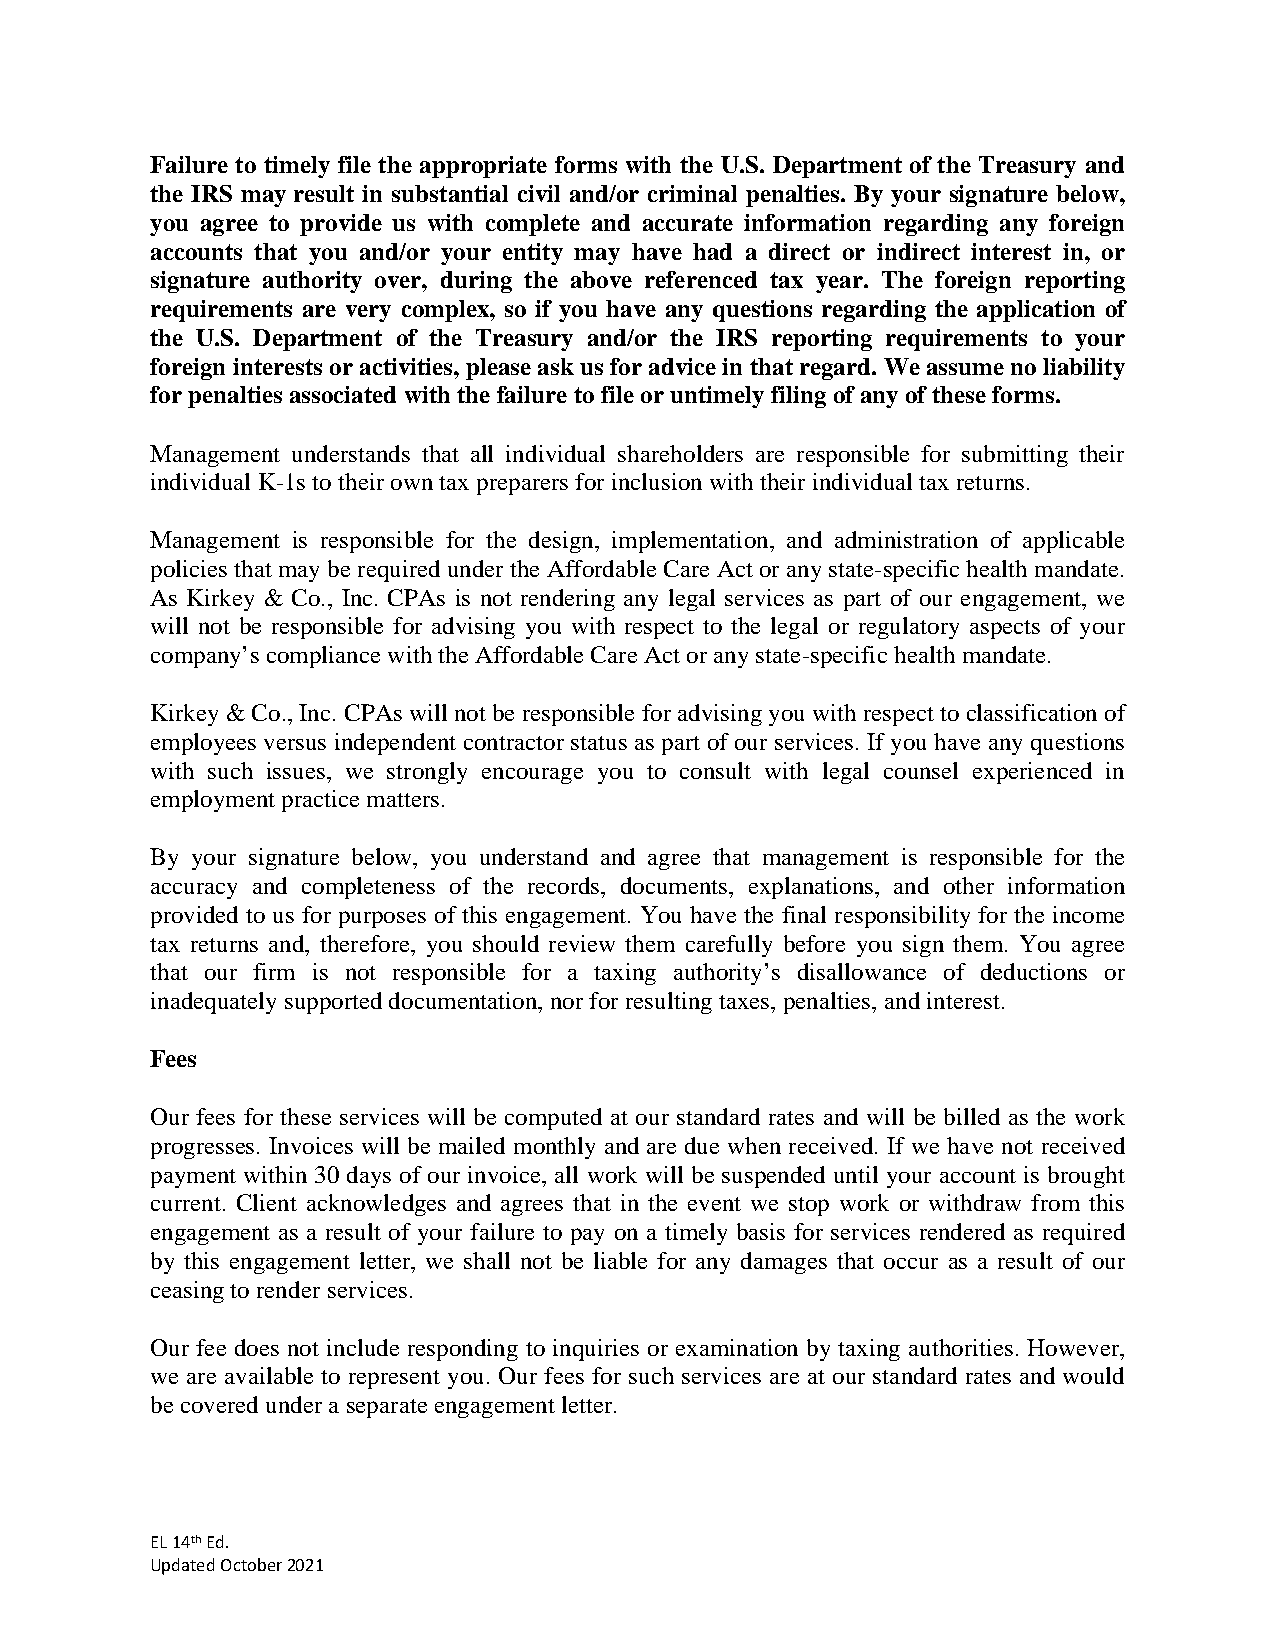
Failure to timely file the appropriate forms with the U.S. Department of the Treasury and
 the IRS may result in substantial civil and/or criminal penalties. By your signature below,
 you agree to provide us with complete and accurate information regarding any foreign
 accounts that you and/or your entity may have had a direct or indirect interest in, or
 signature authority over, during the above referenced tax year. The foreign reporting
 requirements are very complex, so if you have any questions regarding the application of
 the U.S. Department of the Treasury and/or the IRS reporting requirements to your
 foreign interests or activities, please ask us for advice in that regard. We assume no liability
 for penalties associated with the failure to file or untimely filing of any of these forms.
 Management understands that all individual shareholders are responsible for submitting their
 individual K-1s to their own tax preparers for inclusion with their individual tax returns.
 Management is responsible for the design, implementation, and administration of applicable
 policies that may be required under the Affordable Care Act or any state-specific health mandate.
 As Kirkey & Co., Inc. CPAs is not rendering any legal services as part of our engagement, we
 will not be responsible for advising you with respect to the legal or regulatory aspects of your
 company’s compliance with the Affordable Care Act or any state-specific health mandate.
 Kirkey & Co., Inc. CPAs will not be responsible for advising you with respect to classification of
 employees versus independent contractor status as part of our services. If you have any questions
 with such issues, we strongly encourage you to consult with legal counsel experienced in
 employment practice matters.
 By your signature below, you understand and agree that management is responsible for the
 accuracy and completeness of the records, documents, explanations, and other information
 provided to us for purposes of this engagement. You have the final responsibility for the income
 tax returns and, therefore, you should review them carefully before you sign them. You agree
 that our firm is not responsible for a taxing authority’s disallowance of deductions or
 inadequately supported documentation, nor for resulting taxes, penalties, and interest.
 Fees
 Our fees for these services will be computed at our standard rates and will be billed as the work
 progresses. Invoices will be mailed monthly and are due when received. If we have not received
 payment within 30 days of our invoice, all work will be suspended until your account is brought
 current. Client acknowledges and agrees that in the event we stop work or withdraw from this
 engagement as a result of your failure to pay on a timely basis for services rendered as required
 by this engagement letter, we shall not be liable for any damages that occur as a result of our
 ceasing to render services.
 Our fee does not include responding to inquiries or examination by taxing authorities. However,
 we are available to represent you. Our fees for such services are at our standard rates and would
 be covered under a separate engagement letter.
 EL 14th Ed.
 Updated October 2021